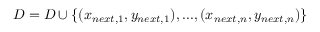
D = D \cup \{ ( x _ { n e x t , 1 } , y _ { n e x t , 1 } ) , . . . , ( x _ { n e x t , n } , y _ { n e x t , n } ) \}